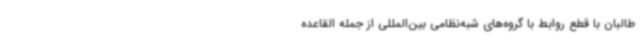
طالبان با قطع روابط با گروه‌های شبه‌نظامی بین‌المللی از جمله القاعده